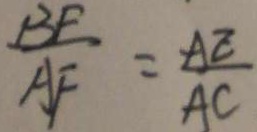
\frac { B F } { A F } = \frac { A E } { A C }